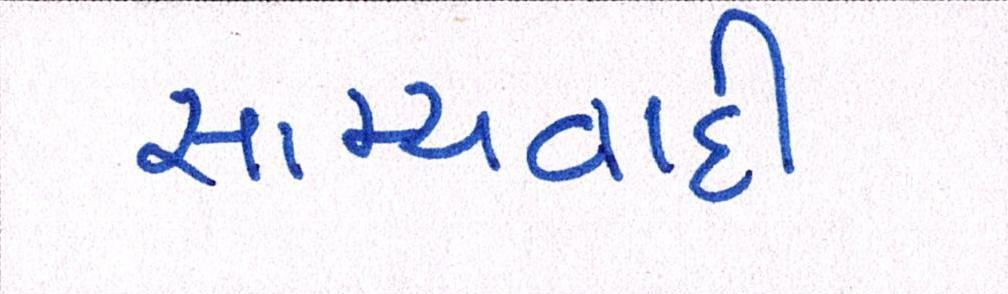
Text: સામ્યવાદી